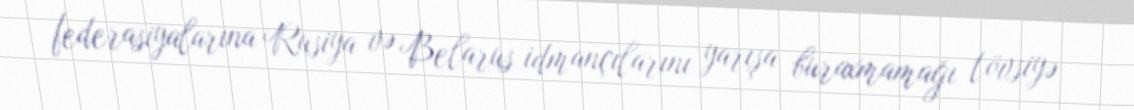
federasiyalarına Rusiya və Belarus idmançılarını yarışa buraxmamağı tövsiyə